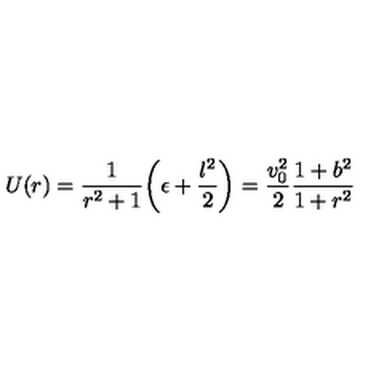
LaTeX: U ( r ) = { \frac { 1 } { r ^ { 2 } + 1 } } \biggl ( \epsilon + { \frac { l ^ { 2 } } { 2 } } \biggr ) = { \frac { v _ { 0 } ^ { 2 } } { 2 } } { \frac { 1 + b ^ { 2 } } { 1 + r ^ { 2 } } }